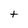
Character: t